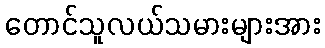
တောင်သူလယ်သမားများအား